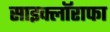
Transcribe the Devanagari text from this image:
साइक्लॉराफा